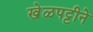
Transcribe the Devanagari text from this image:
खेळपट्टीने